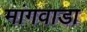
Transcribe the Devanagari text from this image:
मांगवाडा